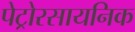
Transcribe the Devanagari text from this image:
पेट्रोरसायनिक